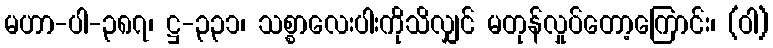
မဟာ-ပါ-၃၈၇၊ ဋ္ဌ-၃၃၁၊ သစ္စာလေးပါးကိုသိလျှင် မတုန်လှုပ်တော့ကြောင်း၊ (ဝါ)